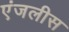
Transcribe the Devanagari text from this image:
एंजलीस